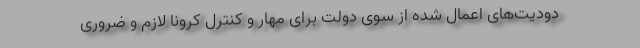
دودیت‌های اعمال شده از سوی دولت برای مهار و کنترل کرونا لازم و ضروری